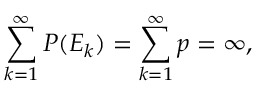
\sum _ { k = 1 } ^ { \infty } P ( E _ { k } ) = \sum _ { k = 1 } ^ { \infty } p = \infty ,